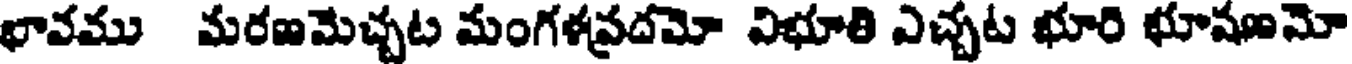
భావము మరణమెచ్చట మంగళప్రదమో విభూతి ఎచ్చట భూరి భూషణమో